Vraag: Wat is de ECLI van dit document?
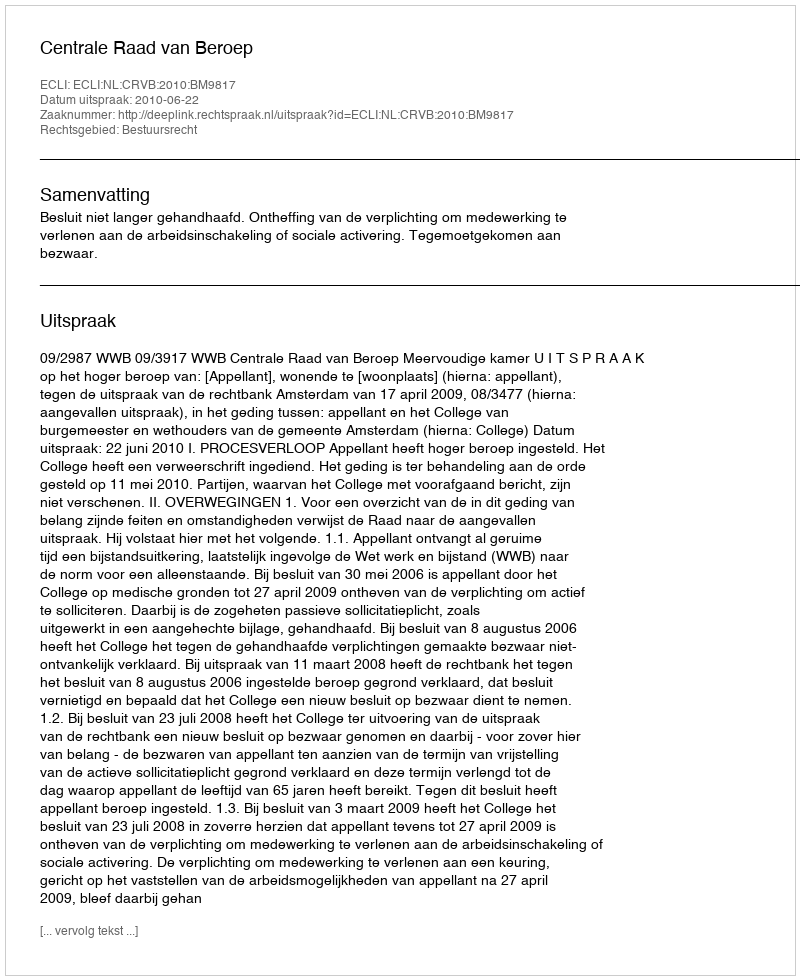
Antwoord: ECLI:NL:CRVB:2010:BM9817